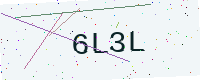
Text: 6L3L